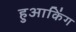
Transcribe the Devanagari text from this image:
हुआकिंग